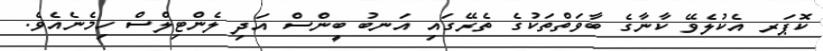
ކޮޕަރ އެކުލެވޭ ކާނާގެ ބާވަތްތަކުގެ ތެރޭގައި އަނބު ބީންސް އަދި ލެންޓިލްސް ހިމެނެއެވެ.